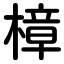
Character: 樟